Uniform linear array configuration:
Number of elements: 32
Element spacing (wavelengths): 0.75
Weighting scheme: exponential
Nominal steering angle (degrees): -15
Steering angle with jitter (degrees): -13.837
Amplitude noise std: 0.05
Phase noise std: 0.05

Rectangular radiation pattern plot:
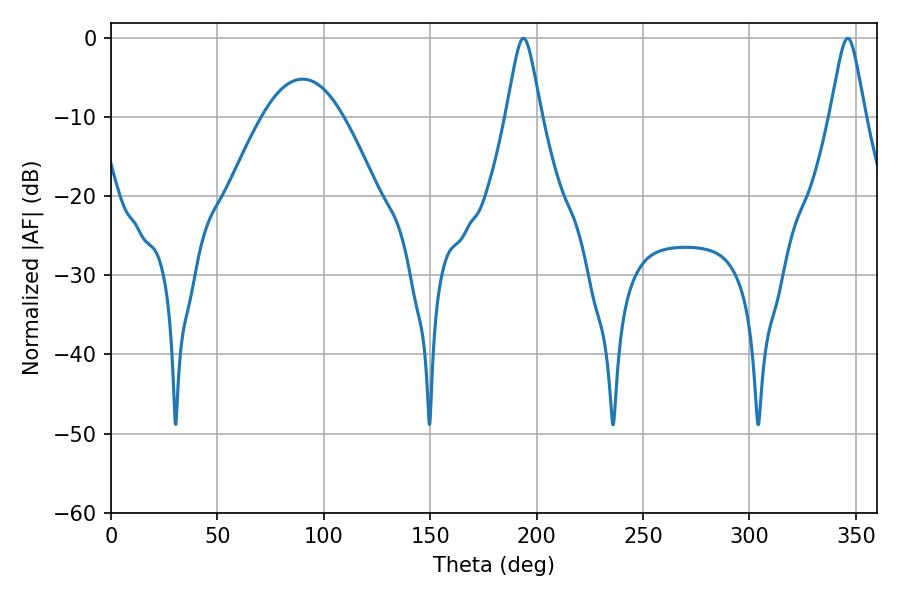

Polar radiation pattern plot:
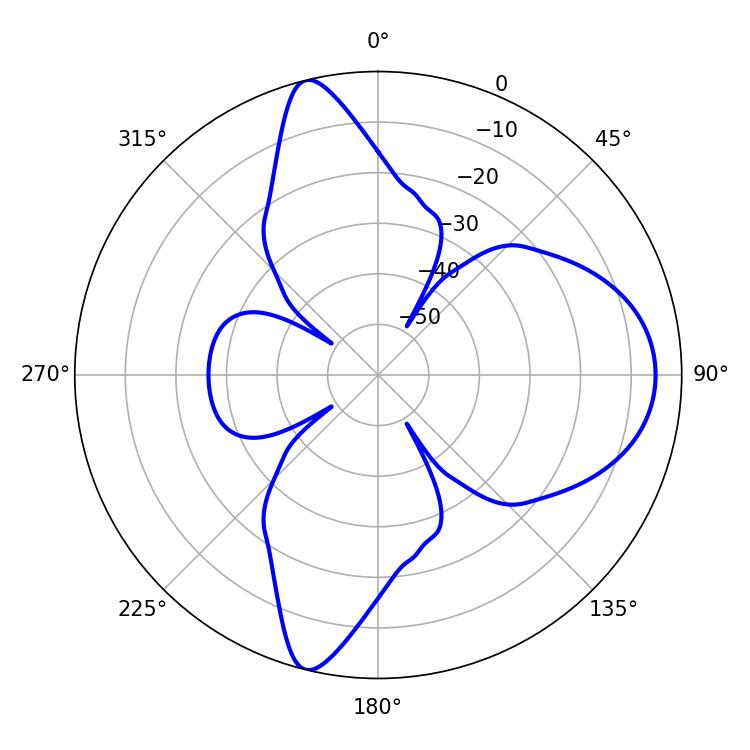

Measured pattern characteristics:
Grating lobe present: TRUE
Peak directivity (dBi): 13.452
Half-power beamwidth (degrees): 7.92
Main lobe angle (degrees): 193.86